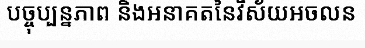
បច្ចុប្បន្នភាព និងអនាគតនៃវិស័យអចលន